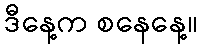
ဒီနေ့က စနေနေ့။